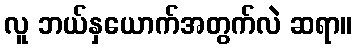
လူ ဘယ်နှယောက်အတွက်လဲ ဆရာ။